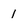
Character: I